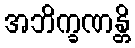
အဘိက္ခဏန္တိ